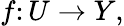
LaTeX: f\colon U\to Y,